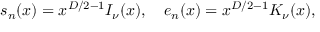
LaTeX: s _ { n } ( x ) = x ^ { D / 2 - 1 } I _ { \nu } ( x ) , \quad e _ { n } ( x ) = x ^ { D / 2 - 1 } K _ { \nu } ( x ) ,